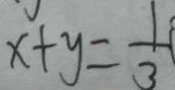
x + y = \frac { 1 } { 3 }